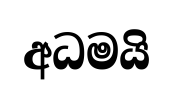
අධමයි